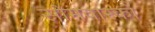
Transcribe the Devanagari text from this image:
सोमवारको